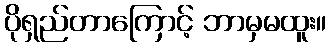
ပိုရှည်တာကြောင့် ဘာမှမထူး။